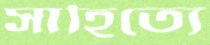
সাহিত্যে